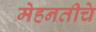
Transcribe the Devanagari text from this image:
मेहनतीचे